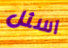
اسئل